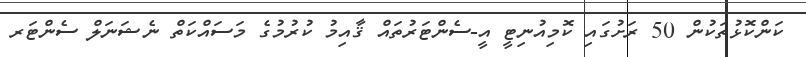
ކަންކޮޅުތަކުން 50 ރަށުގައި ކޮމިއުނިޓީ އީ-ސެންޓަރުތައް ޤާއިމު ކުރުމުގެ މަސައްކަތް ނެޝަނަލް ސެންޓަރ